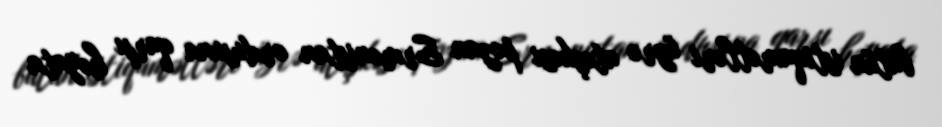
bütün istiqamətləri üzrə atəşkəsi pozan Ermənistan ordusuna qarşı həyata